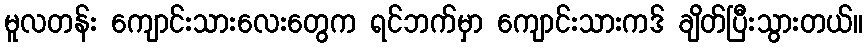
မူလတန်း ကျောင်းသားလေးတွေက ရင်ဘက်မှာ ကျောင်းသားကဒ် ချိတ်ပြီးသွားတယ်။